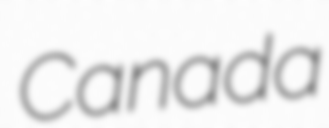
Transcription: Canada